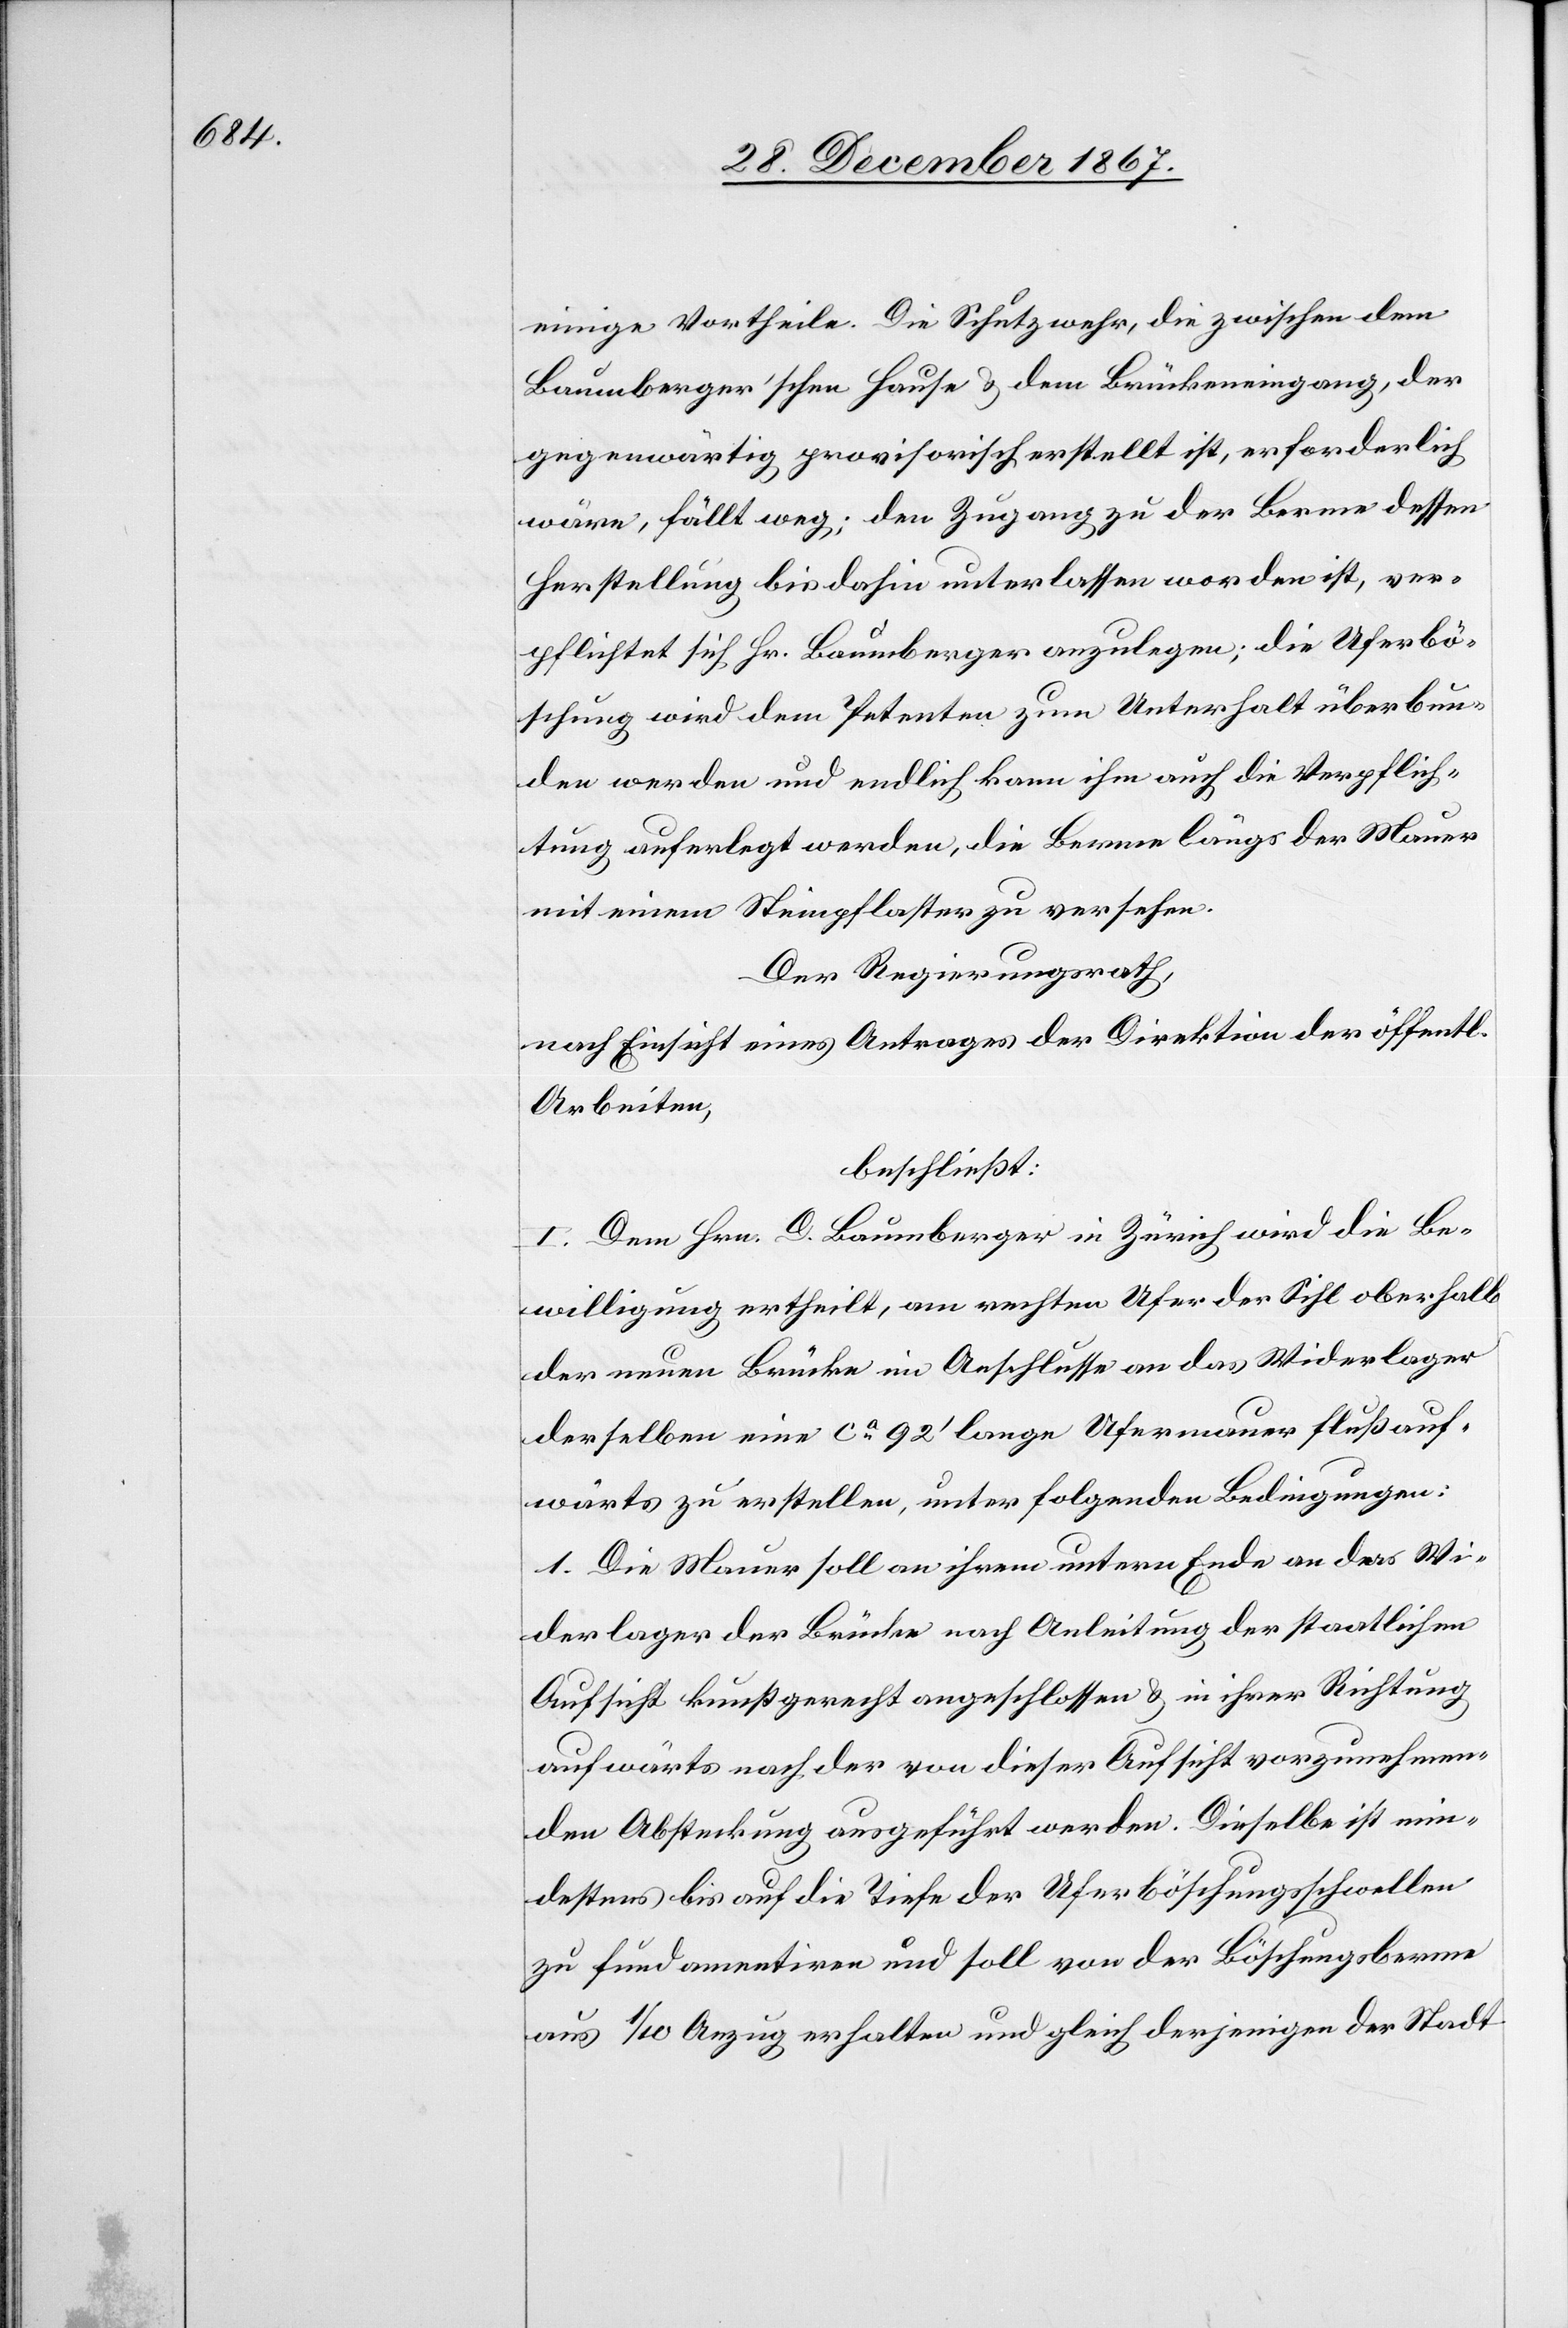
einige Vortheile. Die Schutzwehr, die zwischen dem
Baumberger’schen Hause u. dem Brückeneingang, der
gegenwärtig provisorisch erstellt ist, erforderlich
wäre, fällt weg; den Zugang zu der Berme, dessen
Herstellung bis dahin unterlassen worden ist, ver¬
pflichtet sich Hr. Baumberger anzulegen; die Uferbö¬
schung wird dem Petenten zum Unterhalt überbun¬
den werden und endlich kann ihm auch die Verpflich¬
tung auferlegt werden, die Berme längs der Mauer
mit einem Steinpflaster zu versehen.
Der Regierungsrath,
nach Einsicht eines Antrages der Direktion der öff.
Arbeiten,
beschließt:
I. Dem Hrn. D. Baumberger in Zürich wird die Be¬
willigung ertheilt, am rechten Ufer der Sihl oberhalb
der neuen Brücke im Anschlusse an das Widerlager
derselben eine ca 92‘ lange Ufermauer flußauf¬
wärts zu erstellen, unter folgenden Bedingungen:
1. Die Mauer soll an ihrem untern Ende an das Wi¬
derlager der Brücke nach Anleitung der staatlichen
Aufsicht kunstgerecht angeschlossen u. in ihrer Richtung
aufwärts nach der von dieser Aufsicht vorzunehmen¬
den Absteckung ausgeführt werden. Dieselbe ist min¬
destens bis auf die Tiefe der Uferböschungsschwellen
zu fundamentiren und soll von der Böschungsberme
aus 1/10 Anzug erhalten und gleich derjenigen der Stadt